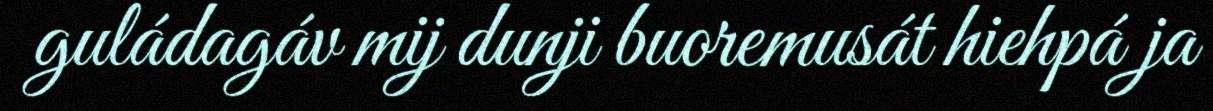
guládagáv mij dunji buoremusát hiehpá ja